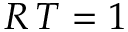
R \, T = 1